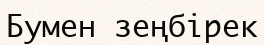
Бумен зеңбiрек